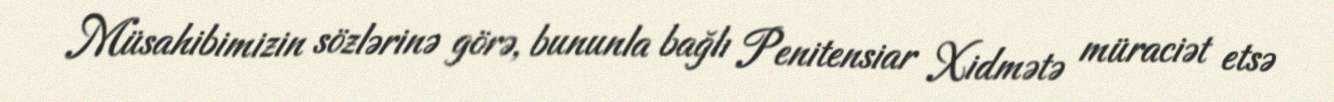
Müsahibimizin sözlərinə görə, bununla bağlı Penitensiar Xidmətə müraciət etsə